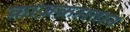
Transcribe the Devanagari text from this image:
क़ाज़क़सतान